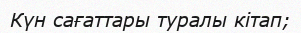
Күн сағаттары туралы кітап;